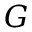
G